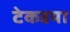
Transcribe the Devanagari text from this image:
टेकडया